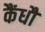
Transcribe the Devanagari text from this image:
कैंधौं